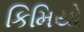
કિમિયો